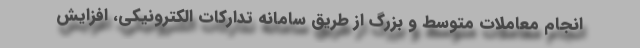
انجام معاملات متوسط و بزرگ از طریق سامانه تدارکات الکترونیکی، افزایش